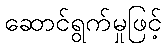
ဆောင်ရွက်မှုဖြင့်